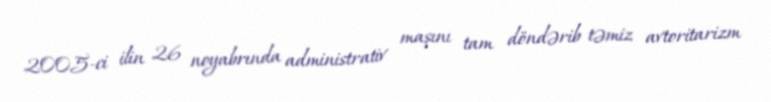
2005-ci ilin 26 noyabrında administrativ maşını tam döndərib təmiz avtoritarizm